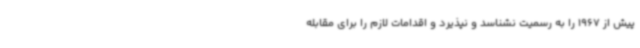
پیش از 1967 را به رسمیت نشناسد و نپذیرد و اقدامات لازم را برای مقابله